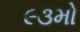
૯૩મો